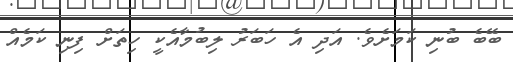
ބޭބެ ބުނި ކަމަށެވެ. އަދި އެ ހަބަރު ލިބުމާއެކީ ހިތަށް ފިނި ކަމެއް